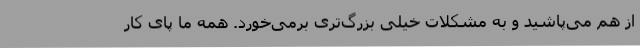
از هم می‌پاشید و به مشکلات خیلی بزرگ‌تری برمی‌خورد. همه ما پای کار